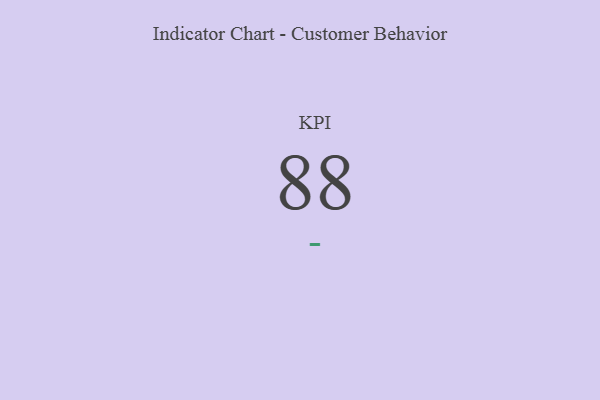
{"axis": {"x": "KPI", "y": "Value"}, "legend": [""], "data": [{"x": "KPI", "y": 88, "type": ""}]}